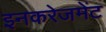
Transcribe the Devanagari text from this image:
इनकरेजमेंट